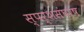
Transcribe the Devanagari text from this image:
स्पर्शसंघर्ष